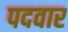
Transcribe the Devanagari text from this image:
पदवार